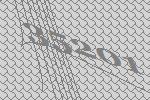
35201